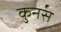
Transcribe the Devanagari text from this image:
कुनस